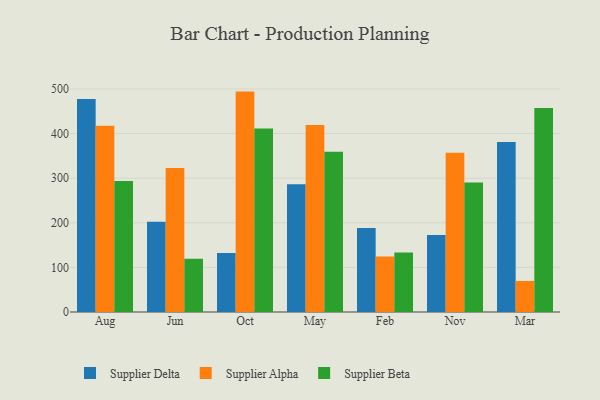
{"axis": {"x": "Month", "y": "Inventory Turnover"}, "legend": ["Supplier Alpha", "Supplier Beta", "Supplier Delta"], "data": [{"x": "Aug", "y": 477.6, "type": "Supplier Delta"}, {"x": "Aug", "y": 417.3, "type": "Supplier Alpha"}, {"x": "Aug", "y": 293.6, "type": "Supplier Beta"}, {"x": "Jun", "y": 202.1, "type": "Supplier Delta"}, {"x": "Jun", "y": 322.6, "type": "Supplier Alpha"}, {"x": "Jun", "y": 119.2, "type": "Supplier Beta"}, {"x": "Oct", "y": 132.1, "type": "Supplier Delta"}, {"x": "Oct", "y": 494.1, "type": "Supplier Alpha"}, {"x": "Oct", "y": 411.1, "type": "Supplier Beta"}, {"x": "May", "y": 286.6, "type": "Supplier Delta"}, {"x": "May", "y": 419.0, "type": "Supplier Alpha"}, {"x": "May", "y": 359.3, "type": "Supplier Beta"}, {"x": "Feb", "y": 188.1, "type": "Supplier Delta"}, {"x": "Feb", "y": 124.2, "type": "Supplier Alpha"}, {"x": "Feb", "y": 133.2, "type": "Supplier Beta"}, {"x": "Nov", "y": 172.6, "type": "Supplier Delta"}, {"x": "Nov", "y": 357.2, "type": "Supplier Alpha"}, {"x": "Nov", "y": 290.3, "type": "Supplier Beta"}, {"x": "Mar", "y": 381.1, "type": "Supplier Delta"}, {"x": "Mar", "y": 69.6, "type": "Supplier Alpha"}, {"x": "Mar", "y": 457.3, "type": "Supplier Beta"}]}